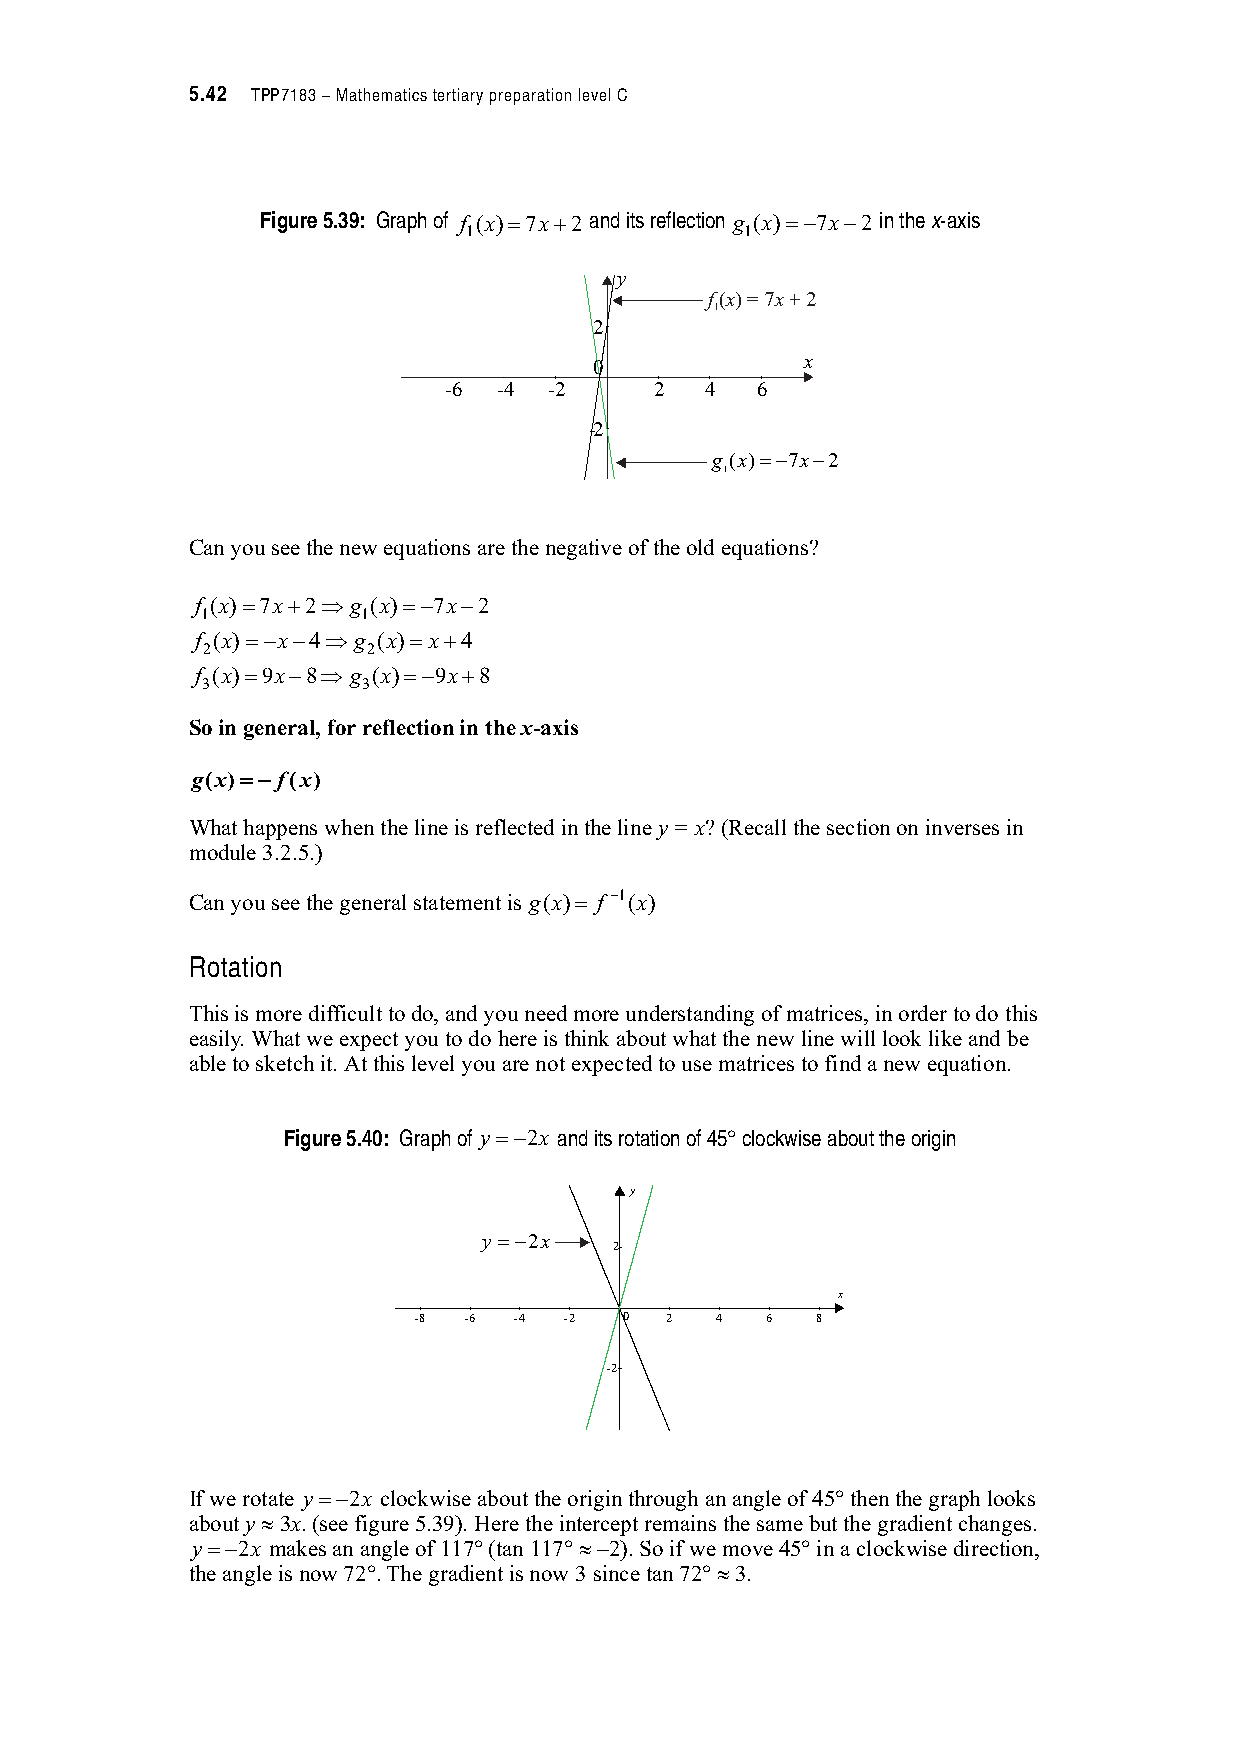
5.42 TPP7183 – Mathematics tertiary preparation level C
 Figure 5.39: Graph of f (x)(7x)2 and its reflection g (x)( 7x 2 in the x-axis
 1                 1
 y
 f(x)=7x+2
 1
 2
 0             x
 -6  -4 -2     2   4  6
 -2
 g (x)=−7x−2
 1
 Can you see the new equations are the negative of the old equations?
 f (x)(7x)21g (x)( 7x 2
 1          1
 f (x)( x 41g (x)(x)4
 2          2
 f (x)(9x 81g (x)( 9x)8
 3          3
 So in general, for reflection in the x-axis
 g(x)( f(x)
 What happens when the line is reflected in the line y = x? (Recall the section on inverses in
 module 3.2.5.)
 Can you see the general statement is g(x)( f 1(x)
 Rotation
 This is more difficult to do, and you need more understanding of matrices, in order to do this
 easily. What we expect you to do here is think about what the new line will look like and be
 able to sketch it. At this level you are not expected to use matrices to find a new equation.
 Figure 5.40: Graph of y( 2x and its rotation of 45* clockwise about the origin
 y
 y =−2x
 2
 x
 -8  -6 -4 -2  0  2  4   6  8
 -2
 If we rotate y( 2x clockwise about the origin through an angle of 45* then the graph looks
 about y + 3x. (see figure 5.39). Here the intercept remains the same but the gradient changes.
 y( 2x makes an angle of 117* (tan 117*0+ 2). So if we move 45* in a clockwise direction,
 the angle is now 72*. The gradient is now 3 since tan 72* + 3.